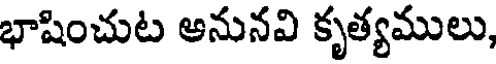
భాషించుట అనునవి కృత్యములు,